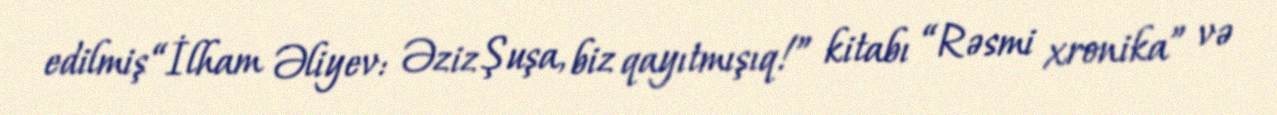
edilmiş “İlham Əliyev: Əziz Şuşa, biz qayıtmışıq!” kitabı “Rəsmi xronika” və